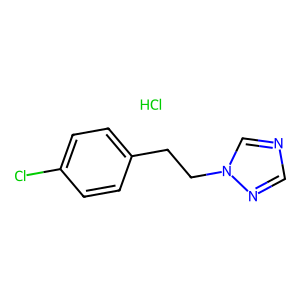
SMILES: Cl.Clc1ccc(CCn2cncn2)cc1
Inhibits HIV replication: No